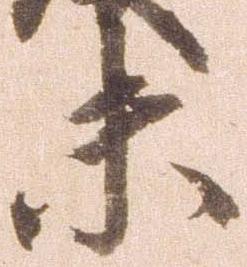
未